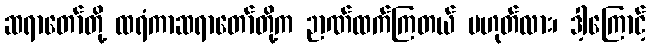
ဆရာတော်တို့ ထရံကာဆရာတော်တို့က ဉာဏ်ထက်ကြတယ် မဟုတ်လား၊ ဒါ့ကြောင့်